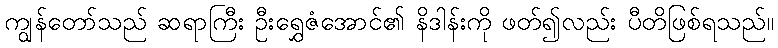
ကျွန်တော်သည် ဆရာကြီး ဦးရွှေဇံအောင်၏ နိဒါန်းကို ဖတ်၍လည်း ပီတိဖြစ်ရသည်။